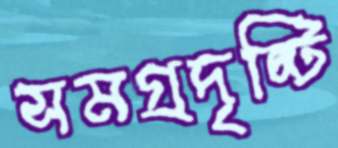
সমগ্রদৃষ্টি